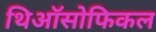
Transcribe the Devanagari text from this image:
थिऑसोफिकल